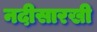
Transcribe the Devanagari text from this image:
नदीसारखी